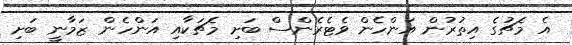
އެ މެޗުގެ އިތުރުން އަންހެން ވެޓެރެންސް ބަށި މެޗަކާއި އަންހެން ޒަމާނީ ބަށި